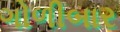
ગોળીબાર